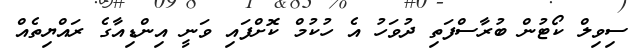
ސިވިލް ކޯޓުން ބުރާސްފަތި ދުވަހު އެ ހުކުމް ކޮށްފައި ވަނީ އިންޑިއާގެ ރައްޔިތެއް